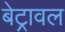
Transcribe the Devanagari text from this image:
बेट्रावल